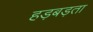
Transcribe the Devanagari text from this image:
हड़बड़ता